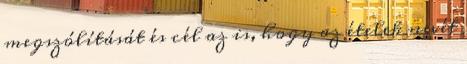
megszólítását és cél az is, hogy az ételek nevét